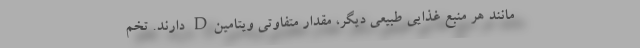
مانند هر منبع غذایی طبیعی دیگر، مقدار متفاوتی ویتامینD دارند. تخم